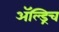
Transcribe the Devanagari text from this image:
ॲल्ड्रिच